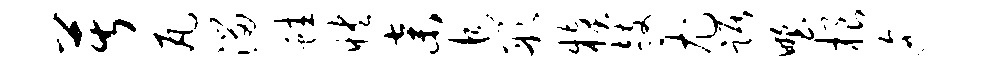
苦瓦溜蛙怏弃追彤糗鼓尤踞野根迤